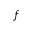
f